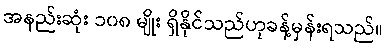
အနည်းဆုံး ၁၀၈ မျိုး ရှိနိုင်သည်ဟုခန့်မှန်းရသည်။